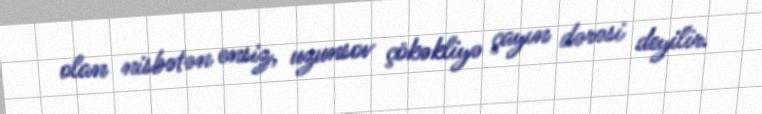
olan nisbətən ensiz, uzunsov çökəkliyə çayın dərəsi deyilir.